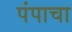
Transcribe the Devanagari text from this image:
पंपाचा